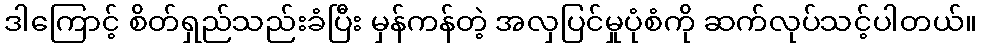
ဒါကြောင့် စိတ်ရှည်သည်းခံပြီး မှန်ကန်တဲ့ အလှပြင်မှုပုံစံကို ဆက်လုပ်သင့်ပါတယ်။